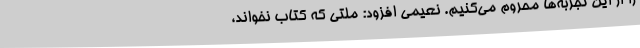
را از این تجربه‌ها محروم می‌کنیم. نعیمی افزود: ملتی که کتاب نخواند،